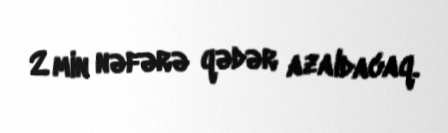
2 min nəfərə qədər azaldacaq.